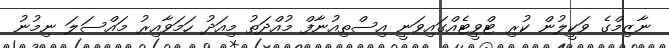
ނާޒިމްގެ ވަކީލުން ކުރި ޓްވީޓެއްގައިވަނީ އިސްތިއުނާފް މުއްދަތު މިއަދު ހަމަވާއިރު މައްސަލަ ނިމުނު